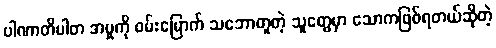
ပါဏာတိပါတ အမှုကို ဝမ်းမြောက် သဘောတူတဲ့ သူတွေမှာ သောကဖြစ်ရတယ်ဆိုတဲ့